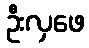
ဦးလှဖေ